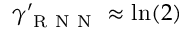
\gamma _ { \mathrm { ~ R ~ N ~ N ~ } } ^ { \prime } \approx \ln ( 2 )